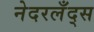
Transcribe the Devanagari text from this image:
नेदरलँद्स